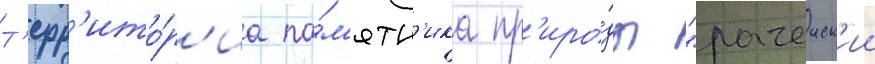
Т'ерр'ито́р'иа па́м'ятн'ика пр'иро́ды "рачеиск'ии